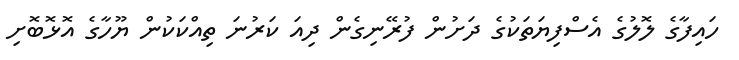
ހައިފާގެ ލޮލުގެ އެސްފިޔަތަކުގެ ދަށުން ފުރޭނިގެން ދިއަ ކަރުނަ ތިއްކަކުން ޔޫހާގެ އޮޅޮބޮށި